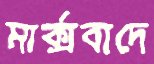
মার্ক্সবাদে